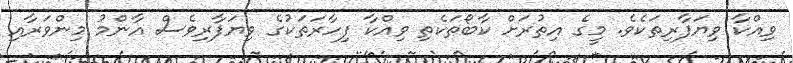
ވިއްކާ ވިޔަފާރިތަކެވެ. މީގެ އިތުރަށް ކާބޯތަކެތި ވިއްކާ ފިހާރަތަކުގެ ވިޔަފާރިވެސް އާންމު މިންވަރާއި